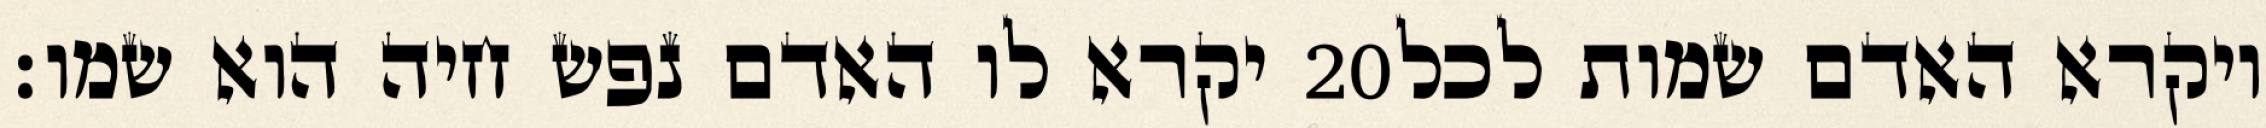
יקרא לו האדם נפש חיה הוא שמו׃ ‎20‏ ויקרא האדם שמות לכל